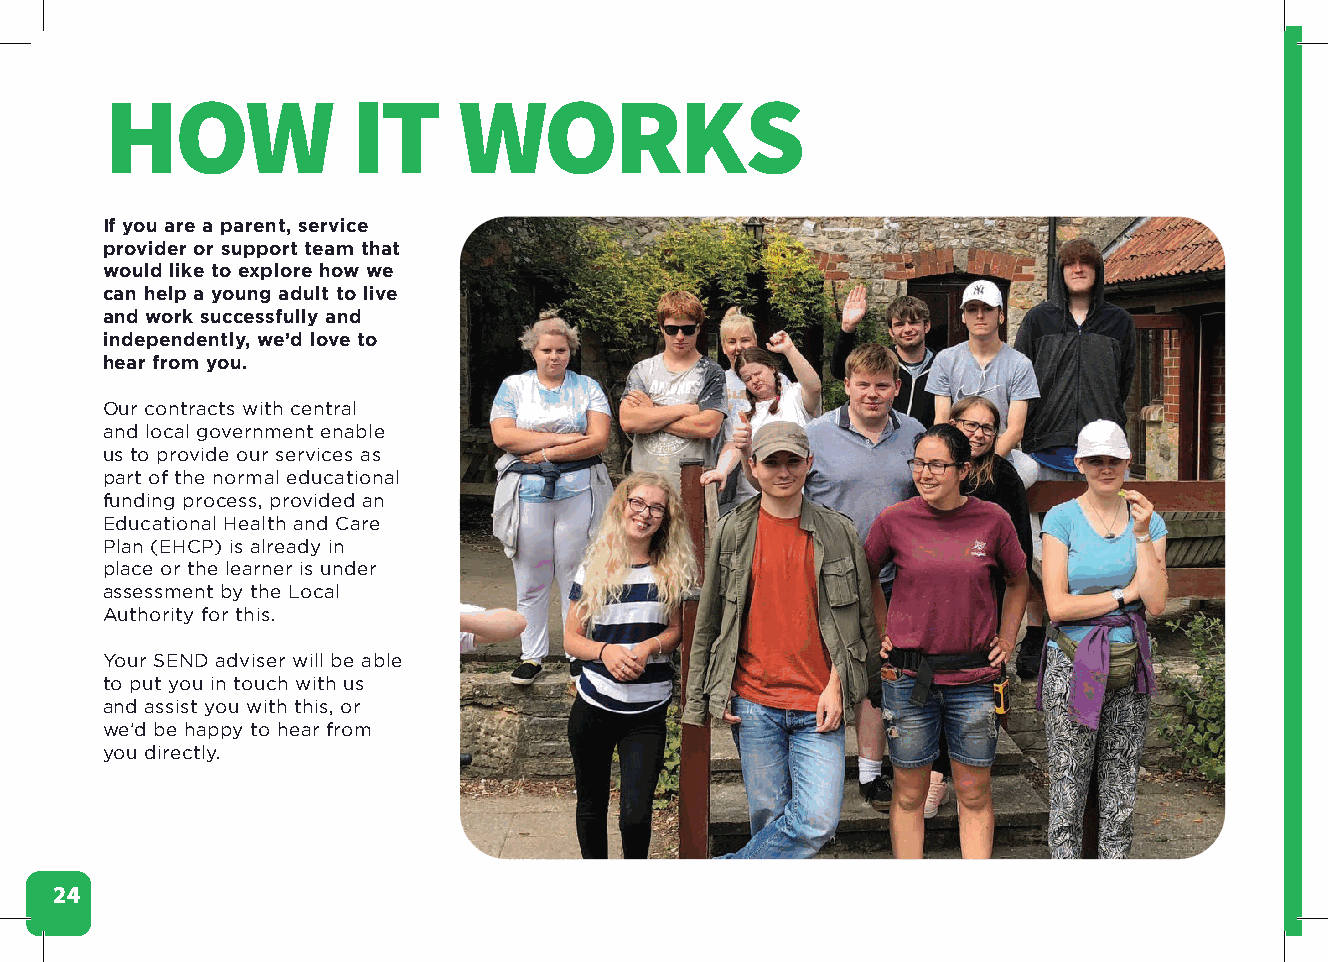
HOW             IT     WORKS
 If you are a parent, service
 provider or support team that
 would like to explore how we
 can help a young adult to live
 and work successfully and
 independently, we’d love to
 hear from you.
 Our contracts with central
 and local government enable
 us to provide our services as
 part of the normal educational
 funding process, provided an
 Educational Health and Care
 Plan (EHCP) is already in
 place or the learner is under
 assessment by the Local
 Authority for this.
 Your SEND adviser will be able
 to put you in touch with us
 and assist you with this, or
 we’d be happy to hear from
 you directly.
 24